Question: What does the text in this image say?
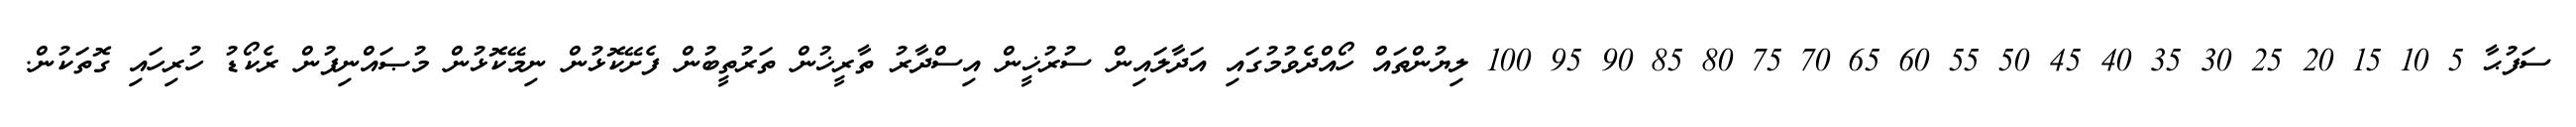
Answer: ސަފުޙާ 5 10 15 20 25 30 35 40 45 50 55 60 65 70 75 80 85 90 95 100 ލިޔުންތައް ހޯއްދެވުމުގައި އަދާލައިން ސުރުޚީން އިސްދާރު ތާރީޚުން ތަރުތީބުން ފެށޭކޮޅުން ނިމޭކޮޅުން މުޞައްނިފުން ރެކޯޑު ހުރިހައި ގޮތަކުން.